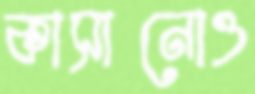
কাসানোও